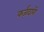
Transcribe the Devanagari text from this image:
कर्ज़दारों